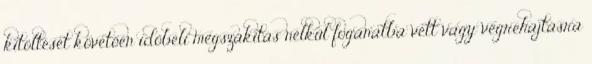
kitöltését követően időbeli megszakítás nélkül foganatba vett vagy végrehajtásra